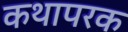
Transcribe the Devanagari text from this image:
कथापरक